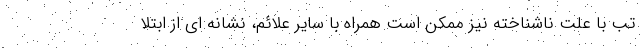
تب با علت ناشناخته نیز ممکن است همراه با سایر علائم، نشانه ای از ابتلا